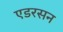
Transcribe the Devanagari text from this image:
एडरसन